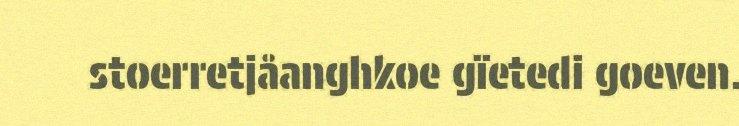
stoerretjåanghkoe gïetedi goeven.